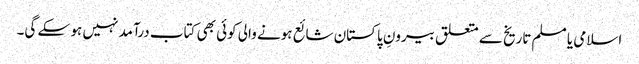
اسلامی یا مسلم تاریخ سے متعلق بیرونِ پاکستان شائع ہونے والی کوئی بھی کتاب درآمد نہیں ہو سکے گی۔